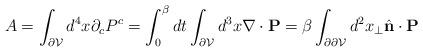
LaTeX: \begin{align*}A = \int_{\partial {\cal V}} d^4 x \partial_c P^c = \int_0^\beta dt \int_{\partial {\cal V}} d^3 x \nabla \cdot {\bf P} = \beta \int_{\partial\partial {\cal V}} d^2 x_\perp \hat{\bf n}\cdot {\bf P} \end{align*}